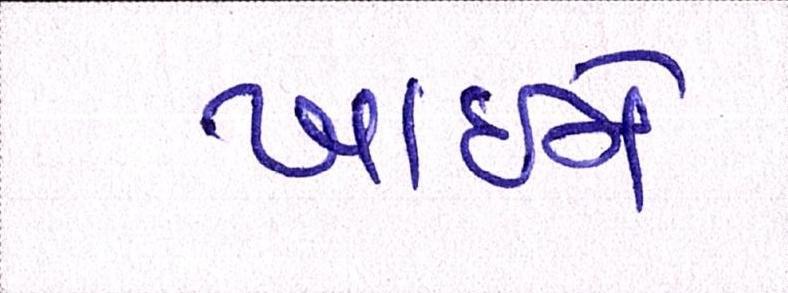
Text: ખાઇને